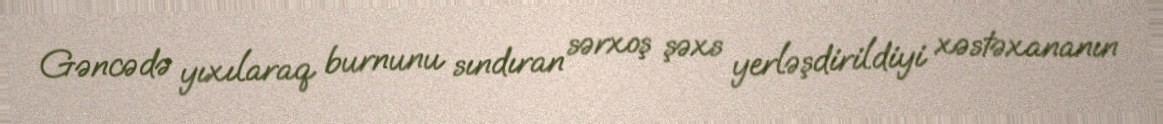
Gəncədə yıxılaraq burnunu sındıran sərxoş şəxs yerləşdirildiyi xəstəxananın